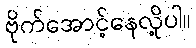
ဗိုက်အောင့်နေလို့ပါ။